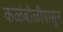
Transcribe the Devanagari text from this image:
कळंबोळीपासून